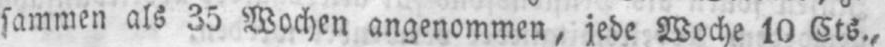
sammen als 35 Wochen angenommen, jede Woche 10 Cts.,